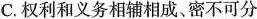
C.权利和义务相辅相成、密不可分